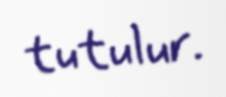
tutulur.